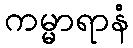
ကမ္မာရာနံ